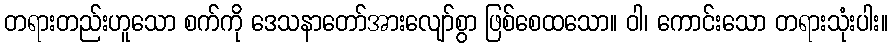
တရားတည်းဟူသော စက်ကို ဒေသနာတော်အားလျော်စွာ ဖြစ်စေထသော။ ဝါ၊ ကောင်းသော တရားသုံးပါး။